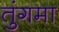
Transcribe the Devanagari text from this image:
तुंगमा